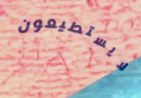
لايستطيعون